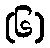
(၆)